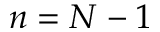
n = N - 1